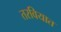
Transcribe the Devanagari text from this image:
तरवियात